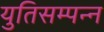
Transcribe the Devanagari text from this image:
युतिसम्पन्न